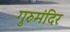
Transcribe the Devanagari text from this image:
गुरुमंदिर